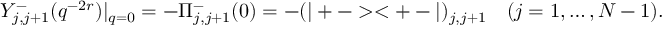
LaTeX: Y _ { j , j + 1 } ^ { - } ( q ^ { - 2 r } ) | _ { q = 0 } = - \Pi _ { j , j + 1 } ^ { - } ( 0 ) = - ( | + - > < + - | ) _ { j , j + 1 } \quad ( j = 1 , \dots , N - 1 ) .